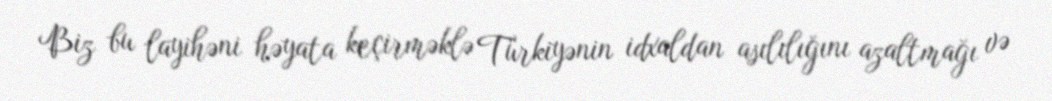
Biz bu layihəni həyata keçirməklə Türkiyənin idxaldan asılılığını azaltmağı və